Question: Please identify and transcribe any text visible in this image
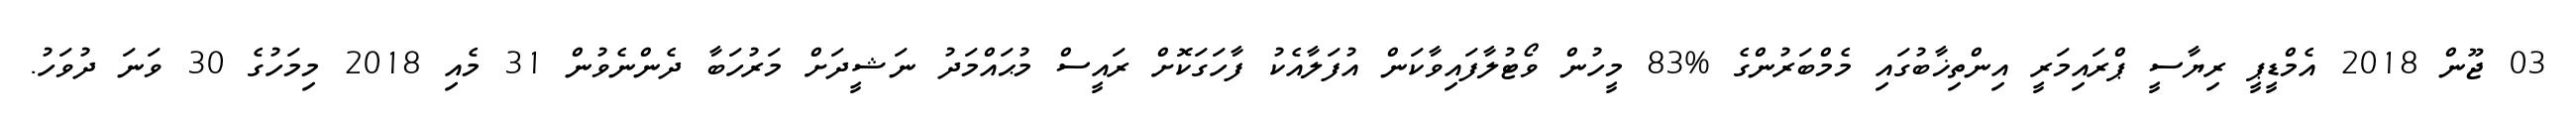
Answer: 03 ޖޫން 2018 އެމްޑީޕީ ރިޔާސީ ޕްރައިމަރީ އިންތިޚާބުގައި މެމްބަރުންގެ %83 މީހުން ވޯޓުލާފައިވާކަން އުފަލާއެކު ފާހަގަކޮށް ރައީސް މުޙައްމަދު ނަޝީދަށް މަރުހަބާ ދެންނެވުން 31 މެއި 2018 މިމަހުގެ 30 ވަނަ ދުވަހު.